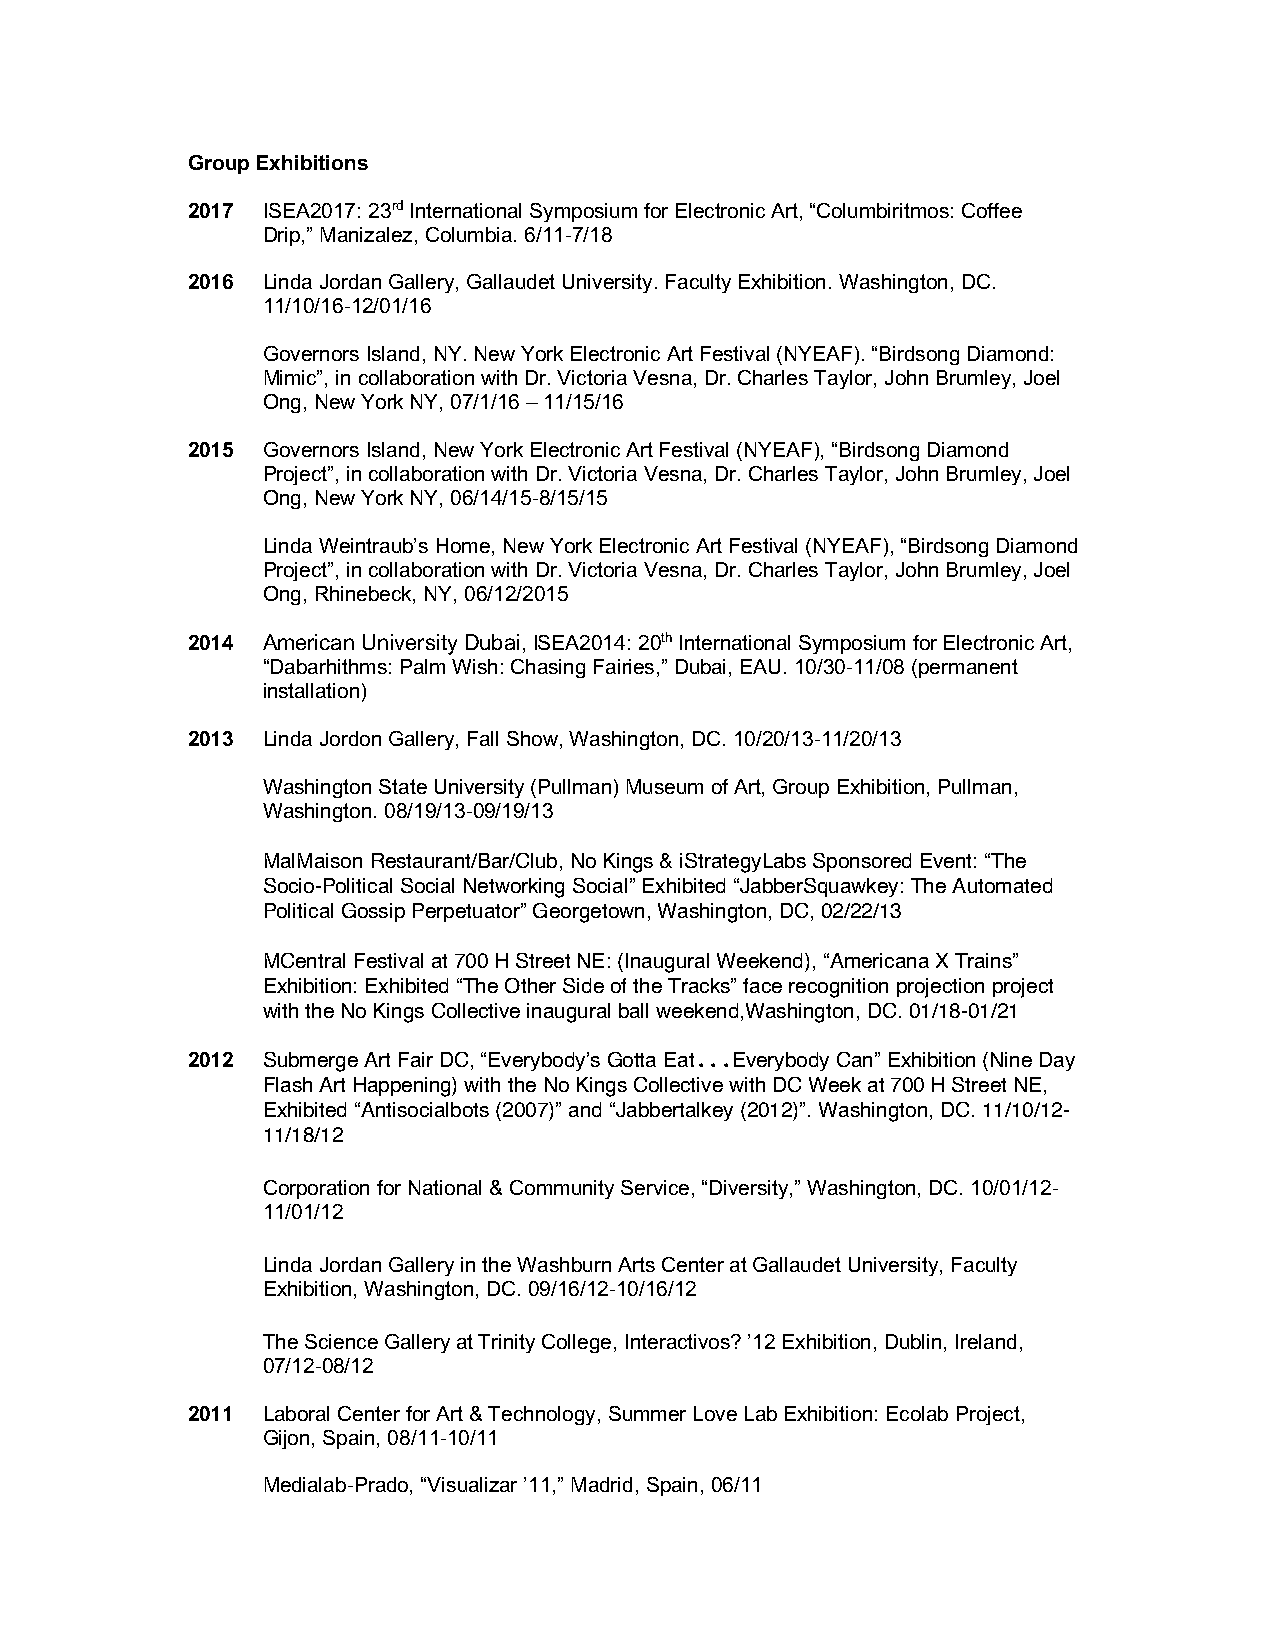
Group Exhibitions
 2017 ISEA2017: 23rd International Symposium for Electronic Art, “Columbiritmos: Coffee
 Drip,” Manizalez, Columbia. 6/11-7/18
 2016 Linda Jordan Gallery, Gallaudet University. Faculty Exhibition. Washington, DC.
 11/10/16-12/01/16
 Governors Island, NY. New York Electronic Art Festival (NYEAF). “Birdsong Diamond:
 Mimic”, in collaboration with Dr. Victoria Vesna, Dr. Charles Taylor, John Brumley, Joel
 Ong, New York NY, 07/1/16 – 11/15/16
 2015 Governors Island, New York Electronic Art Festival (NYEAF), “Birdsong Diamond
 Project”, in collaboration with Dr. Victoria Vesna, Dr. Charles Taylor, John Brumley, Joel
 Ong, New York NY, 06/14/15-8/15/15
 Linda Weintraub’s Home, New York Electronic Art Festival (NYEAF), “Birdsong Diamond
 Project”, in collaboration with Dr. Victoria Vesna, Dr. Charles Taylor, John Brumley, Joel
 Ong, Rhinebeck, NY, 06/12/2015
 2014 American University Dubai, ISEA2014: 20th International Symposium for Electronic Art,
 “Dabarhithms: Palm Wish: Chasing Fairies,” Dubai, EAU. 10/30-11/08 (permanent
 installation)
 2013 Linda Jordon Gallery, Fall Show, Washington, DC. 10/20/13-11/20/13
 Washington State University (Pullman) Museum of Art, Group Exhibition, Pullman,
 Washington. 08/19/13-09/19/13
 MalMaison Restaurant/Bar/Club, No Kings & iStrategyLabs Sponsored Event: “The
 Socio-Political Social Networking Social” Exhibited “JabberSquawkey: The Automated
 Political Gossip Perpetuator” Georgetown, Washington, DC, 02/22/13
 MCentral Festival at 700 H Street NE: (Inaugural Weekend), “Americana X Trains”
 Exhibition: Exhibited “The Other Side of the Tracks” face recognition projection project
 with the No Kings Collective inaugural ball weekend,Washington, DC. 01/18-01/21
 2012 Submerge Art Fair DC, “Everybody’s Gotta Eat...Everybody Can” Exhibition (Nine Day
 Flash Art Happening) with the No Kings Collective with DC Week at 700 H Street NE,
 Exhibited “Antisocialbots (2007)” and “Jabbertalkey (2012)”. Washington, DC. 11/10/12-
 11/18/12
 Corporation for National & Community Service, “Diversity,” Washington, DC. 10/01/12-
 11/01/12
 Linda Jordan Gallery in the Washburn Arts Center at Gallaudet University, Faculty
 Exhibition, Washington, DC. 09/16/12-10/16/12
 The Science Gallery at Trinity College, Interactivos? ’12 Exhibition, Dublin, Ireland,
 07/12-08/12
 2011 Laboral Center for Art & Technology, Summer Love Lab Exhibition: Ecolab Project,
 Gijon, Spain, 08/11-10/11
 Medialab-Prado, “Visualizar ’11,” Madrid, Spain, 06/11